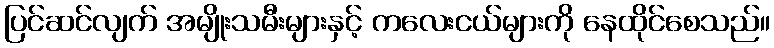
ပြင်ဆင်လျက် အမျိုးသမီးများနှင့် ကလေးငယ်များကို နေထိုင်စေသည်။